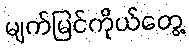
မျက်မြင်ကိုယ်တွေ့